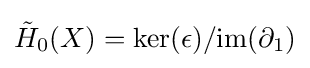
{\tilde {H}}_{0}(X)=\ker(\epsilon )/\mathrm {im} (\partial _{1})